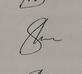
Signature authenticity: genuine